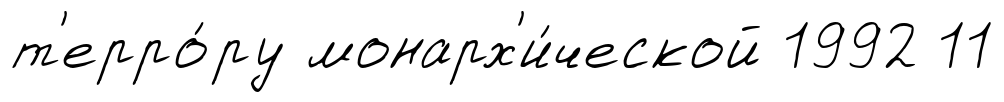
т'ерро́ру монарх'и́ческой 1992 11